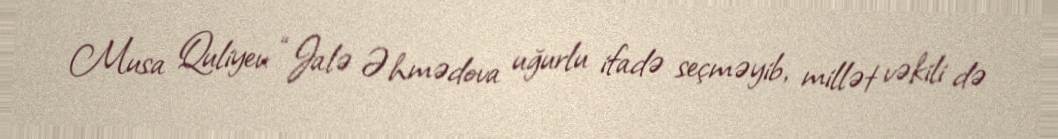
Musa Quliyev: “Jalə Əhmədova uğurlu ifadə seçməyib, millət vəkili də